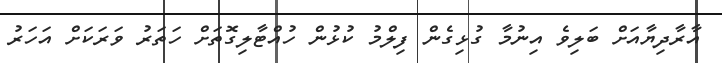
އާރާދިޔާއަށް ބަލިވެ އިނުމާ ގުޅިގެން ފިލްމު ކުޅުން ހުއްޓާލިގޮތަށް ހަތަރު ވަރަކަށް އަހަރު